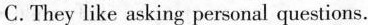
C. They like asking personal questions.